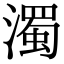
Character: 濁